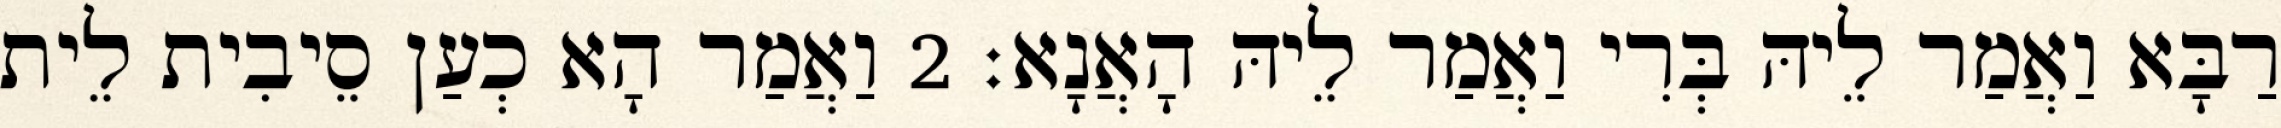
רַבָּא וַאֲמַר לֵיהּ בְּרִי וַאֲמַר לֵיהּ הָאֲנָא׃ 2 וַאֲמַר הָא כְעַן סֵיבִית לֵית